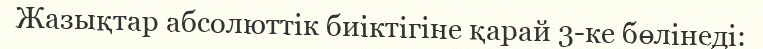
Жазықтар абсолюттік биіктігіне қарай 3-ке бөлінеді: